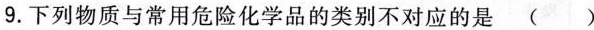
9.下列物质与常用危险化学品的类别不对应的是 ( )